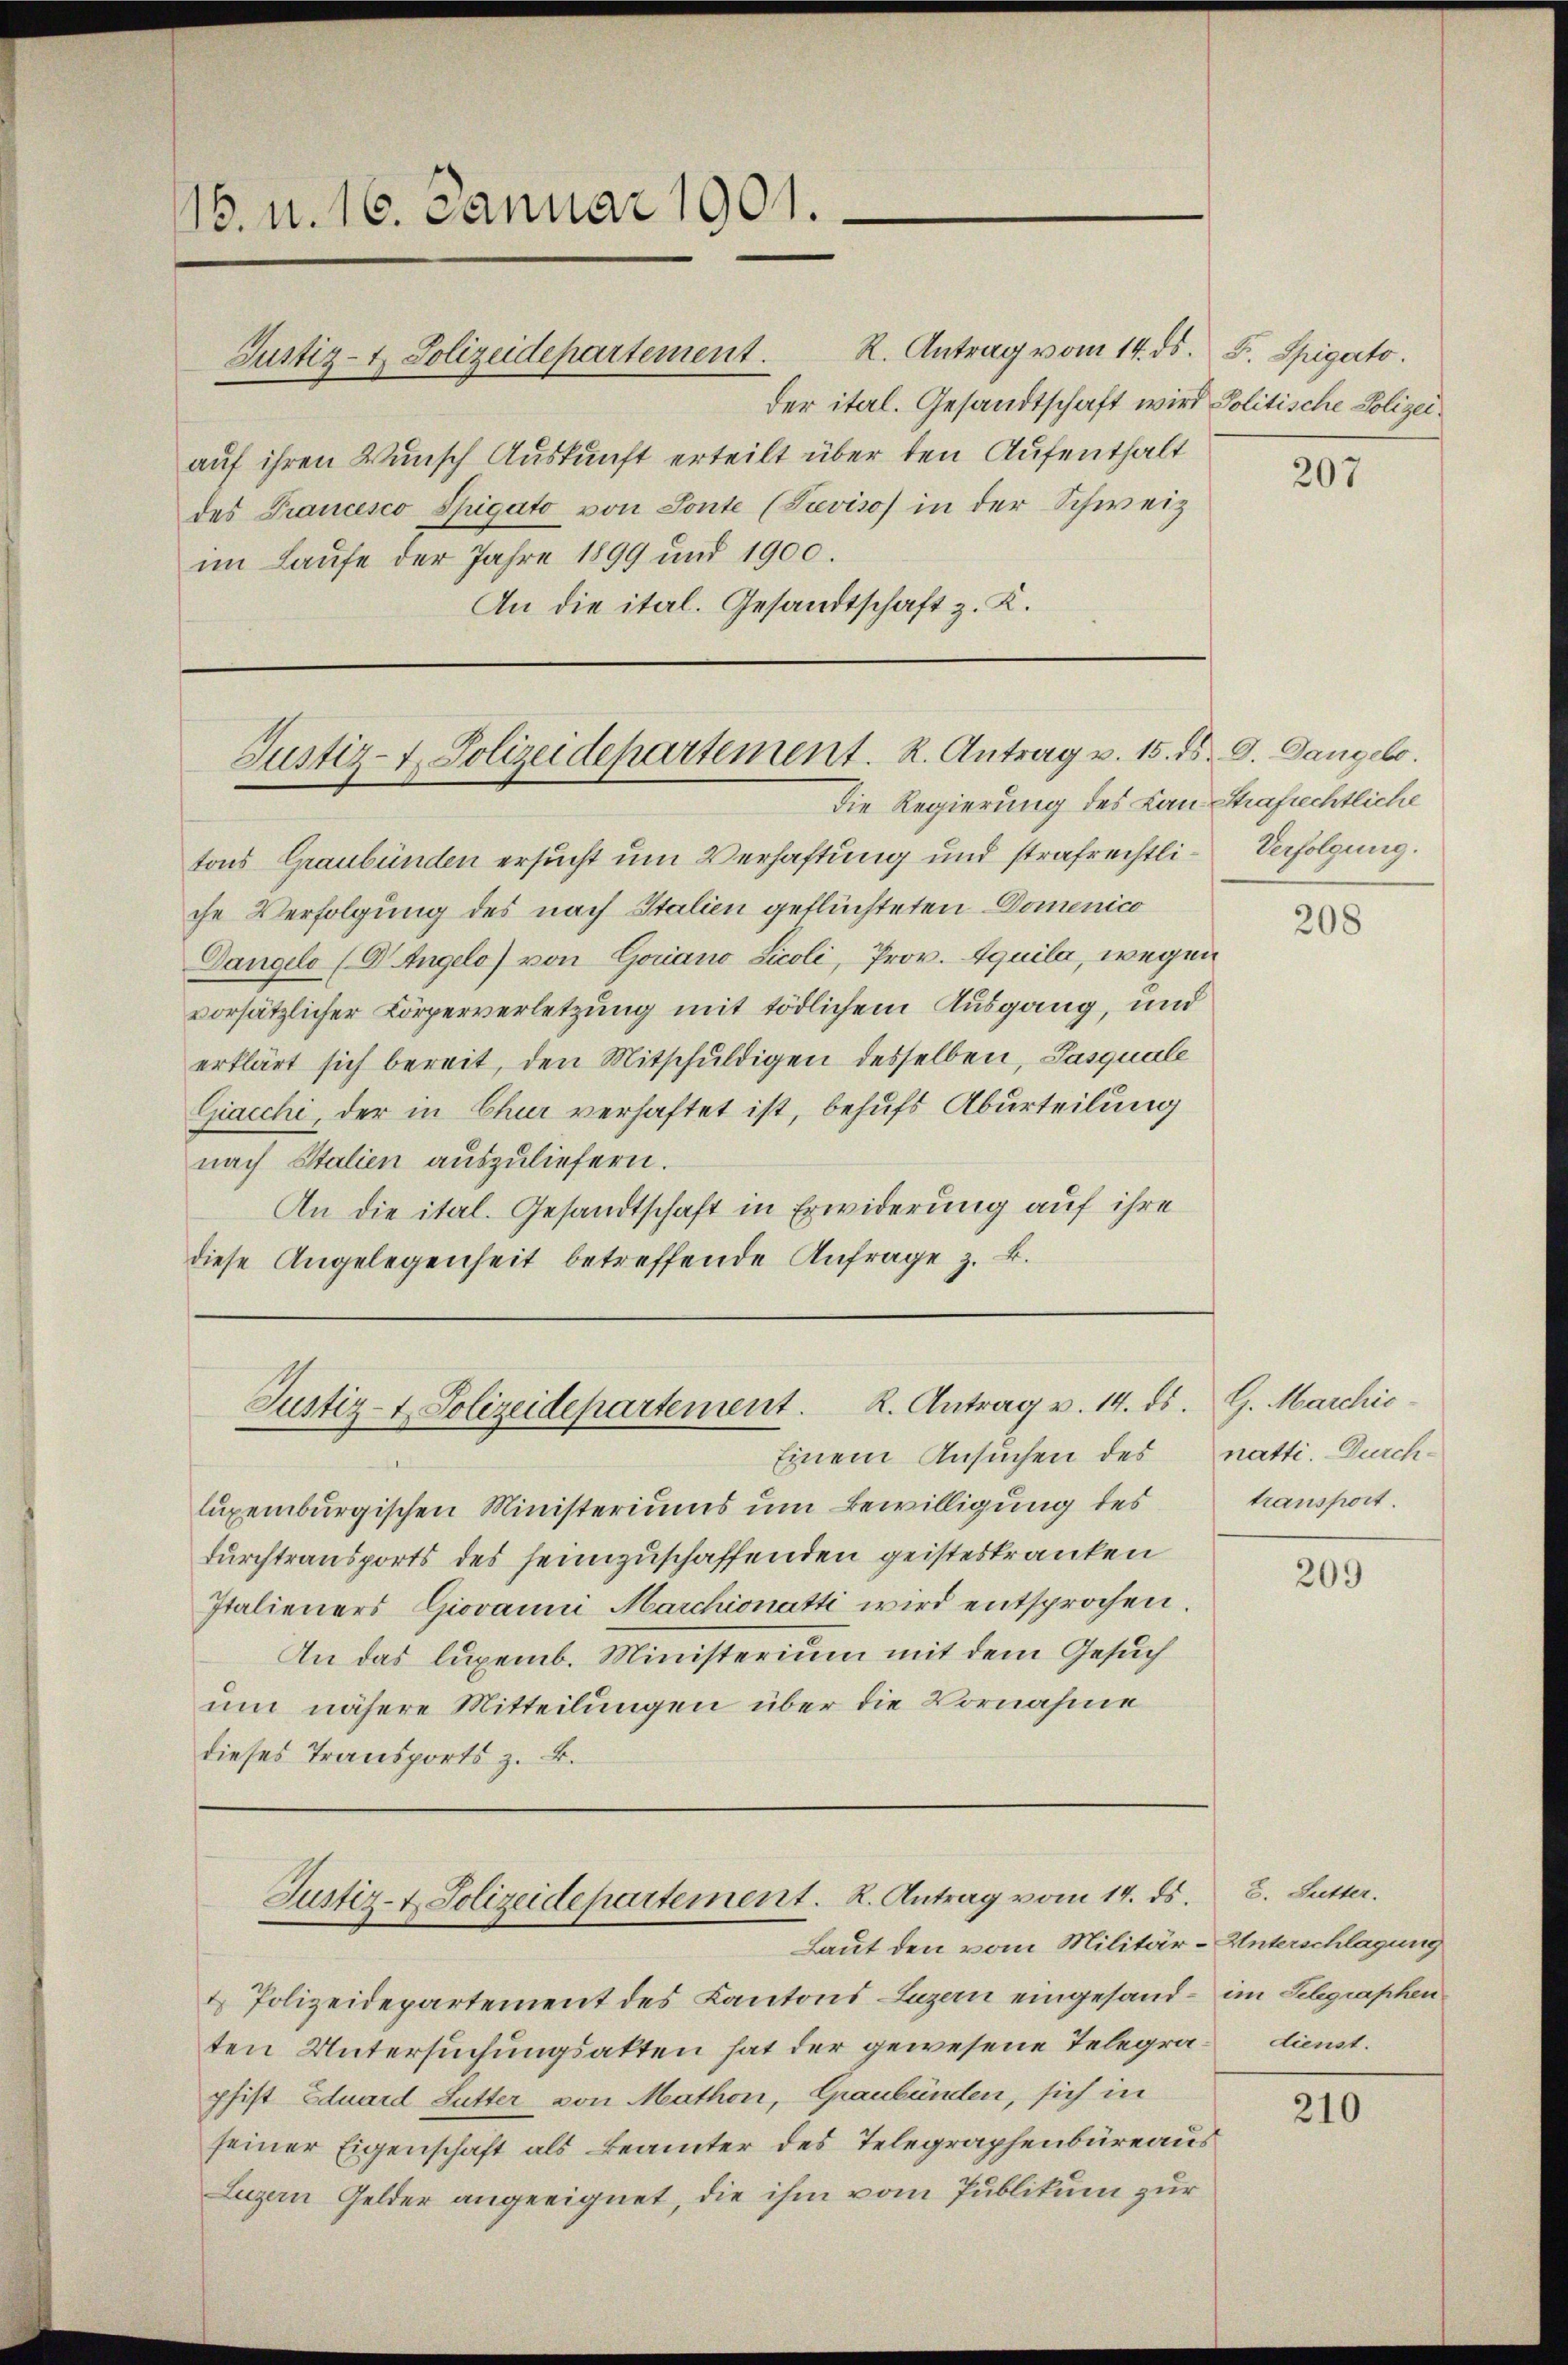
18. d. 16. Januar 1901.

der itel. Gesandtschaft wird Politische Polizeiauf ihren Wunsch Auskunft erteilt über den Aufenthalt
des Francesco Spigato von Sonte (Teviso in der Schweiz
im Laufe der Jahre 1899 und 1900.
An die ital. Gesandtschaft z. K.

Justiz- & Polizeidepartement.

Justiz- u. Polizeidepartement. R. Antrag v. 15. ds. 9. Dangelo.
Die Regierung des Lan Strafrechtliche

tons Graubünden ersucht um Verhaftung und strafrechtli- Verfolgung.
che Verfolgung des nach Italien geflüchteten Domenico
Dangelo (Dr. Angelo) von Goriano Licoli, Prov. Aquila, wegen
vorsätzlicher Körperverletzung mit tödlichem Ausgang, und
erklärt sich bereit, den Mitschuldigen desselben, Pasquale
Cacchi, der in Chur verhaftet ist, behufs Aburteilung
nach Stalien auszuliefern.
An die ital. Gesandtschaft in Erwiderung auf ihre
diese Angelegenheit betreffende Anfrage z. B.

R. Antrag vom 14. ds. F. Spigato.

Einem Ansuchen des
luxenburgischen Ministeriums um Bewilligung des
durchtransports des heimzuschaffenden geisteskranken
Italieners Giovanni Marchionatti wird entsprochen.
An das lupemb. Ministerium mit dem Gesuch
um nähere Mitteilungen über die Vornahme
dieses Transports z. B.

Justiz- & Polizeidepartement. K. Antrag v. 14. ds. G. Marchić

Justiz- & Polizeidepartement. R. Antrag vom 14. ds. 3. Sutter.
Laut den vom Militär-Unterschlagung

2 Polizeidepartement des Kantons-Luzern eingesand - im Schgraphen
ten Untersuchungsakten hat der gewesene Telegra-dienst.
pfist Eduard Sutter von Mathen, Graubünden, sich in
seiner Eigenschaft als Beamter des Telegraphenbüreaus
Luzern Gelder angeeignet, die ihm vom Publikum zur

207

208

natti. Durchtransport.

209

210